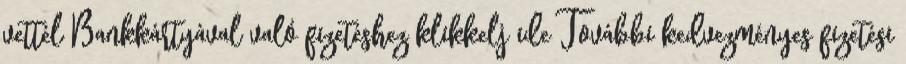
vettél Bankkártyával való fizetéshez klikkelj ide További kedvezményes fizetési